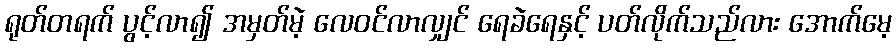
ရုတ်တရက် ပွင့်လာ၍ အမှတ်မဲ့ လေဝင်လာလျှင် ရေခဲရေနှင့် ပတ်လိုက်သည်လား အောက်မေ့